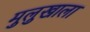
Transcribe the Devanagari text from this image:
मुलुखाला